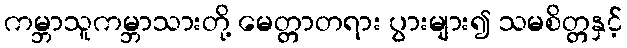
ကမ္ဘာသူကမ္ဘာသားတို့ မေတ္တာတရား ပွားများ၍ သမစိတ္တနှင့်